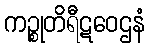
ကဉ္စုတိရီဋဝေဌနံ